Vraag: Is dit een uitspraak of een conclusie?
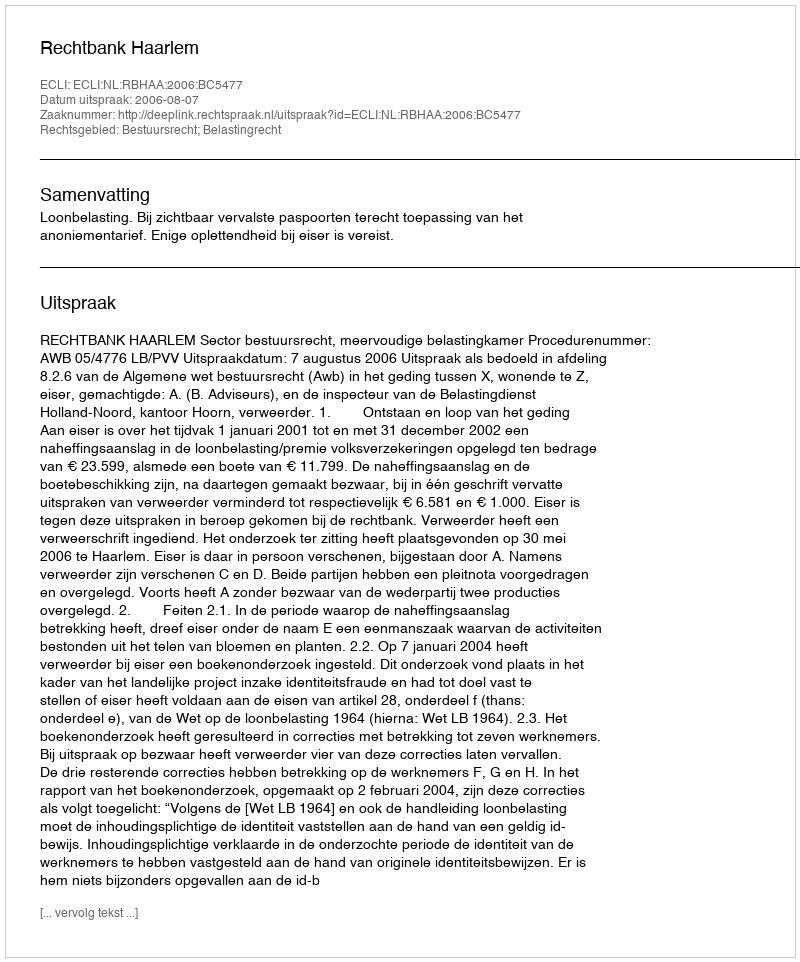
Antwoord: Uitspraak